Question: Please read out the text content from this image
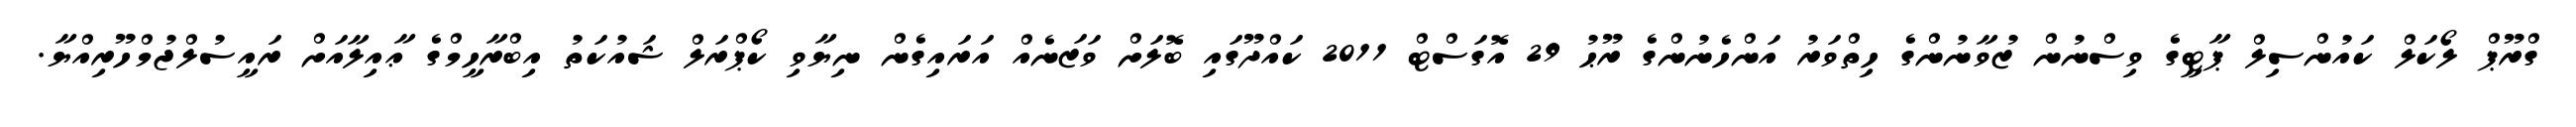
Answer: ގްރޫޕް ލޯކަލް ކައުންސިލް ޕާޓީގެ ވިސްނުން ޒުވާނުންގެ ހިތްވަރު އަންހެނުންގެ ރޫޙު 29 އޮގަސްޓް 2011 ކައްދޫގައި ބޮލަށް ވަޒަނެއް އަރައިގެން ނިޔާވި ކޯޕްރަލް ޝައުކަތު އިބްރާހީމްގެ ޢާއިލާއަށް ރައީސުލްޖުމްހޫރިއްޔާ.